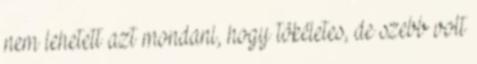
nem lehetett azt mondani, hogy tökéletes, de szebb volt